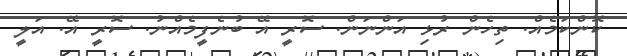
ކޮންކަމެއް. ތިހެން ރުޅި އަންނަން. ސޮރީ އޭ ބުނެފީމެއްނު. ސޮރީ އޭ. އަލީ